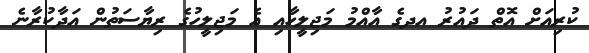
ކުރިއަށް އޮތް ދައުރު އދގެ އާއްމު މަޖިލީހާއި އެ މަޖިލީހުގެ ރިޔާސަތުން އަދާކުރާނެ